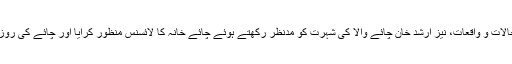
آپ نے وطنِ عزیز کے معرُوضی حالات و واقعات، نيز ارشد خان چائے والا كى شہرت کو مدِنظر رکھتے ہوئے چائے خانہ کا لائسنس منظور کرایا اور چائے کی روزانہ بنیادوں پر پیداوار شروع کر دی۔